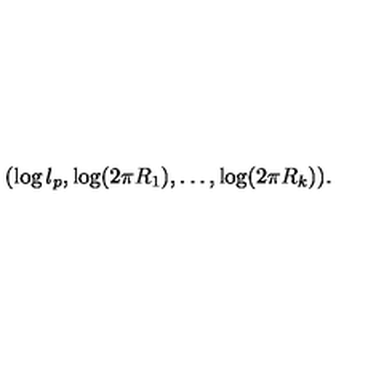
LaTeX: ( \log l _ { p } , \log ( 2 \pi R _ { 1 } ) , \dots , \log ( 2 \pi R _ { k } ) ) .